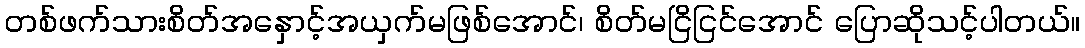
တစ်ဖက်သားစိတ်အနှောင့်အယှက်မဖြစ်အောင်၊ စိတ်မငြိငြင်အောင် ပြောဆိုသင့်ပါတယ်။